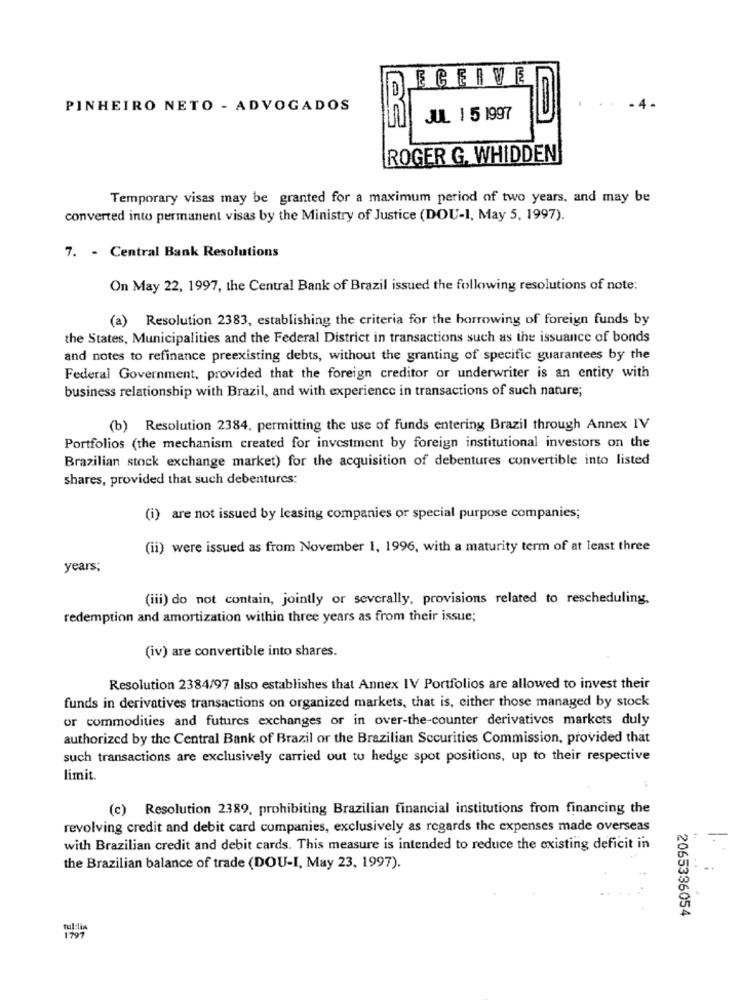
ECERVE
PINHEIRO NETO - ADVOGADOS
JUL 1 5 1997
ROGER G. WHIDDEN
Temporary visas may be granted for a maximum period of two years, and may be
converted into permanent visas by the Ministry of Justice (DOU-1, May 5, 1997).
7. - Central Bank Resolutions
On May 22, 1997, the Central Bank of Brazil issued the following resolutions of note;
(a) Resolution 2383, establishing the criteria for the borrowing of foreign funds by
the States, Municipalities and the Federal District in transactions such as the issuance of bonds
and notes to refinance preexisting debts, without the granting of specific guarantees by the
Federal Government, provided that the foreign creditor or underwriter is an entity with
business relationship with Brazil, and with experience in transactions of such nature;
(b) Resolution 2384, permitting the use of funds entering Brazil through Annex IV
Portfolios (the mechanism created for investment by foreign institutional investors on the
Brazilian stock exchange market) for the acquisition of debentures convertible into listed
shares, provided that such debentures:
(i) are not issued by leasing companies or special purpose companies;
(ii) were issued as from November 1, 1996, with a maturity term of at least three
years;
(iii) do not contain, jointly or severally, provisions related to rescheduling.
redemption and amortization within three years as from their issue;
(iv) are convertible into shares.
Resolution 2384/97 also establishes that Annex IV Portfolios are allowed to invest their
funds in derivatives transactions on organized markets, that is, either those managed by stock
or commodities and futures exchanges or in over-the-counter derivatives markets duly
authorized by the Central Bank of Brazil or the Brazilian Securities Commission, provided that
such transactions are exclusively carried out to hedge spot positions, up to their respective
limit.
(c) Resolution 2389, prohibiting Brazilian financial institutions from financing the
revolving credit and debit card companies, exclusively as regards the expenses made overseas
with Brazilian credit and debit cards. This measure is intended to reduce the existing deficit in
the Brazilian balance of trade (DOU-I, May 23, 1997).
2065336054
tul:lis
1797